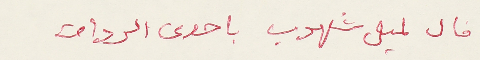
قال لميل شلهوب باحدى الردات